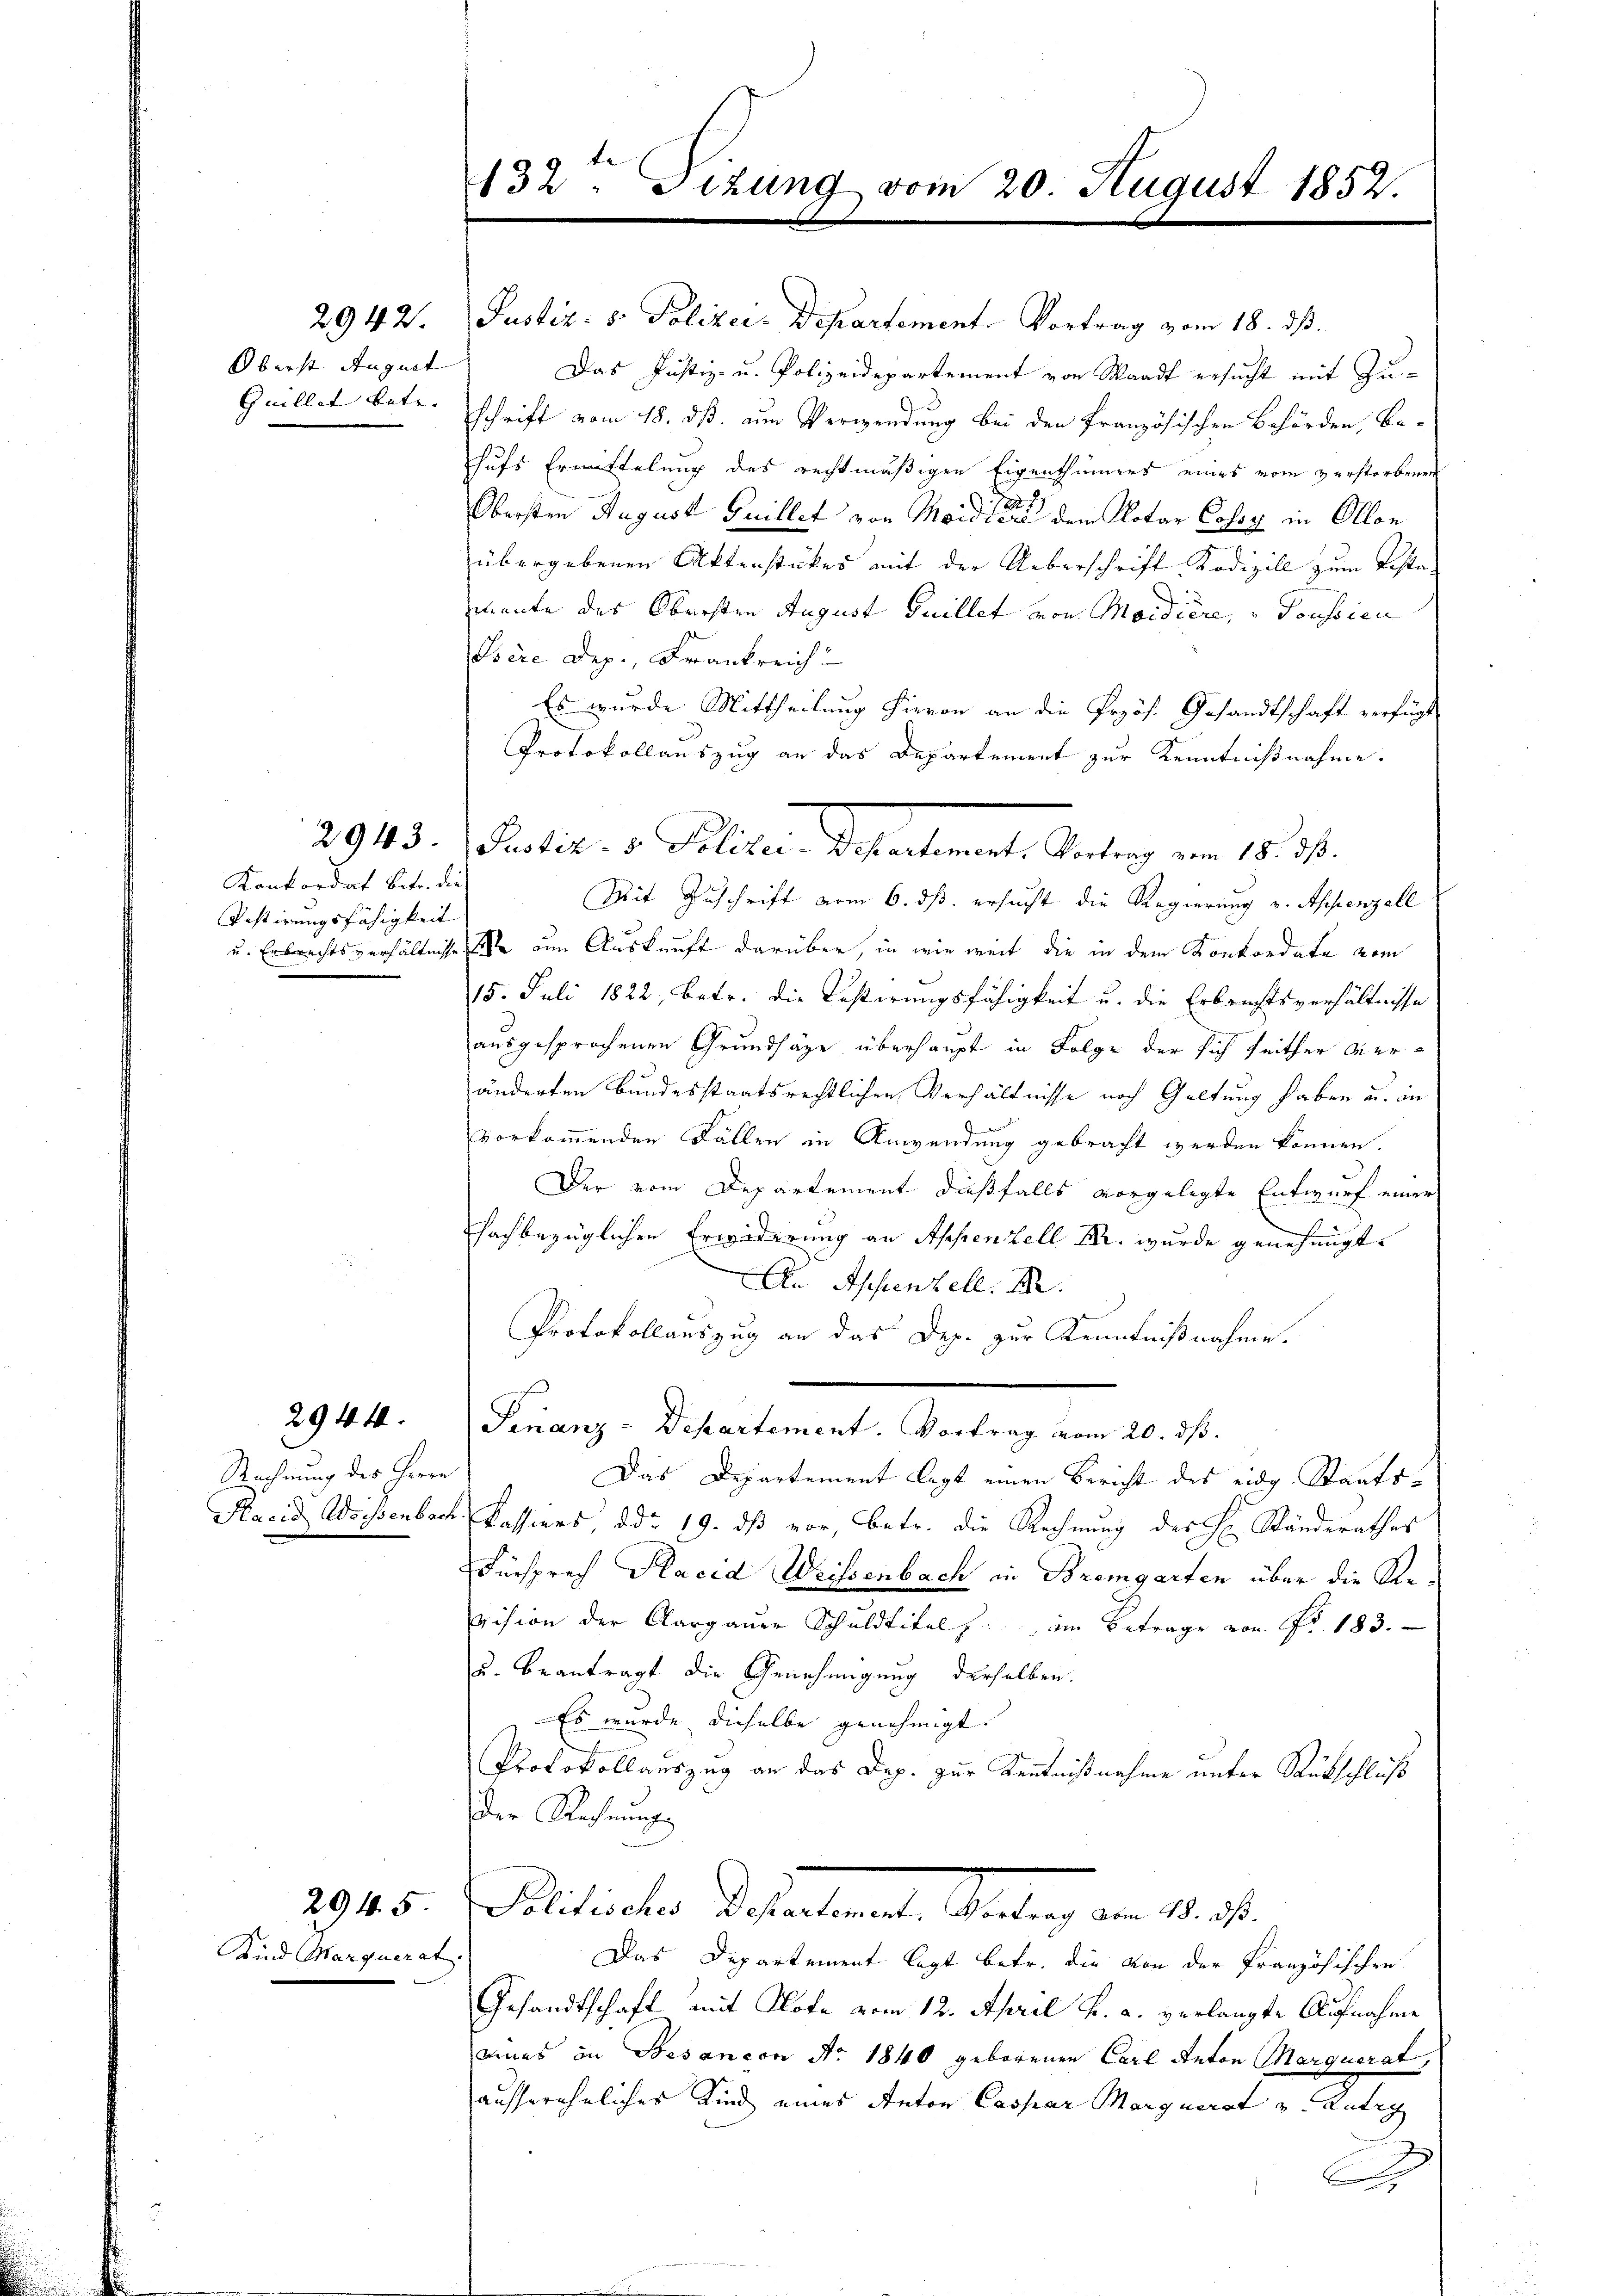
2942.
Oberst August
Guillet betr.

Konkordat betr. die
Testirungsfähigkeit

2943.

2944.

Rechnung des Herrn

2945
Kind Marquerat

132. Dizung vom 20. August 1852.

Justiz: v. Polizei- Departement. Vortrag vom 18. dß.

Das Justiz- u. Polizeidepartement von Waadt ersucht mit Zuschrift vom 18. dß. am Verwendung bei den französischen Behörden, be-
hufs Ermittelung des rechtmäßigen Eigenthümers eines vom verstorbenen
.
2
Obersten August Guillet von Maidler dem Notar Cossz in Ollon
übergebenen Aktenstükes mit der Ueberschrift Kodizill zum Testa
mante des Obersten August Guillet von Maidiere, „Poussicu
Isére Dep., Frankreich
Es wurde Mittheilung hievon an die Przös. Gesandtschaft verfügt
Protokollauszug an das Departement zur Kenntnißnahme.
Mit Zuschrift vom 6. ds. ersucht die Regierung v. Appenzell
u. Erbrechtsverhältnisse an Auskunft darüber, in wie weit die in dem Konkordate vom
15. Juli 1822, betr. die Bestirungsfähigkeit u. die Erbrechtsverhältnisse
ausgesprochenen Grundsäge überhaupt in Folge der sich seither Veränderten Bundesstaatsrechtlichen Verhältnisse noch Geltung haben u. in
vorkommenden Fällen in Anwendung gebracht werden können.
Der vom Departement dießfalls vorgelegte Entwurf einer
fachbezüglichen Erwiderung an Appenzell M. wurde genehmigt.
An Appenzell. M.
Protokollauszug an das Dep. zur Kenntnißnahme.
Finanz-Departement. Vortrag vom 20. ds.
Das Departement legt einen Bericht des eidg. Staats-
Hacid Weisenbach Kassiers, ddo 19. ds vor, betr. die Rechnung des H. Ständerathes
Fürsprech Placid Weissenbach in Bremgarten über die Revision der Aargauer Schuldtitel h. im Betrage von Nr. 183.
u. beantragt die Genehmigung derselben.
Es wurde dieselbe genehmigt.
Protokollauszug an das Dop. zur Kenntnißnahme unter Rückschluß
Der Rechnung
Mitinter Bestaltenes Antrag den 10. 1.
Das Departement legt betr. die von der Französischen
Gesandtschaft mit Note vom 12. April h. a. verlangte Aufnahme
eines in Besançon No. 1840 geborenen Carl Anton Marquerat,
ausserehelicher Kind eines Anton Caspar Margnerst und Antig

Patie. v. Plater Maternach Antrag von 1817.

B